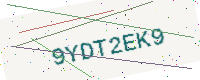
Text: 9YDT2EK9